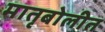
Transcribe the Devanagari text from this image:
मातृबोलीत